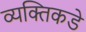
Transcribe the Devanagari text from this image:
व्यक्तिकडे